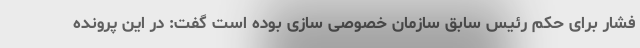
فشار برای حکم رئیس سابق سازمان خصوصی سازی بوده است گفت: در این پرونده